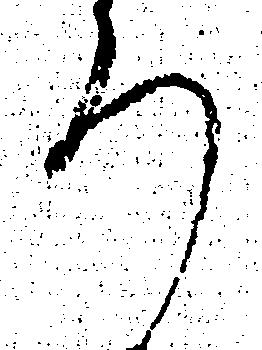
ろ